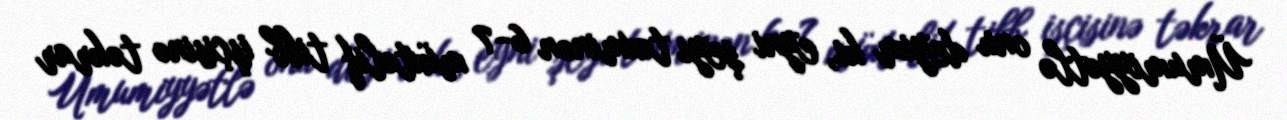
Ümumiyyətlə onu deyim ki, eyni şeyi təxminən 6-7 müxtəlif tibb işçisinə təkrar